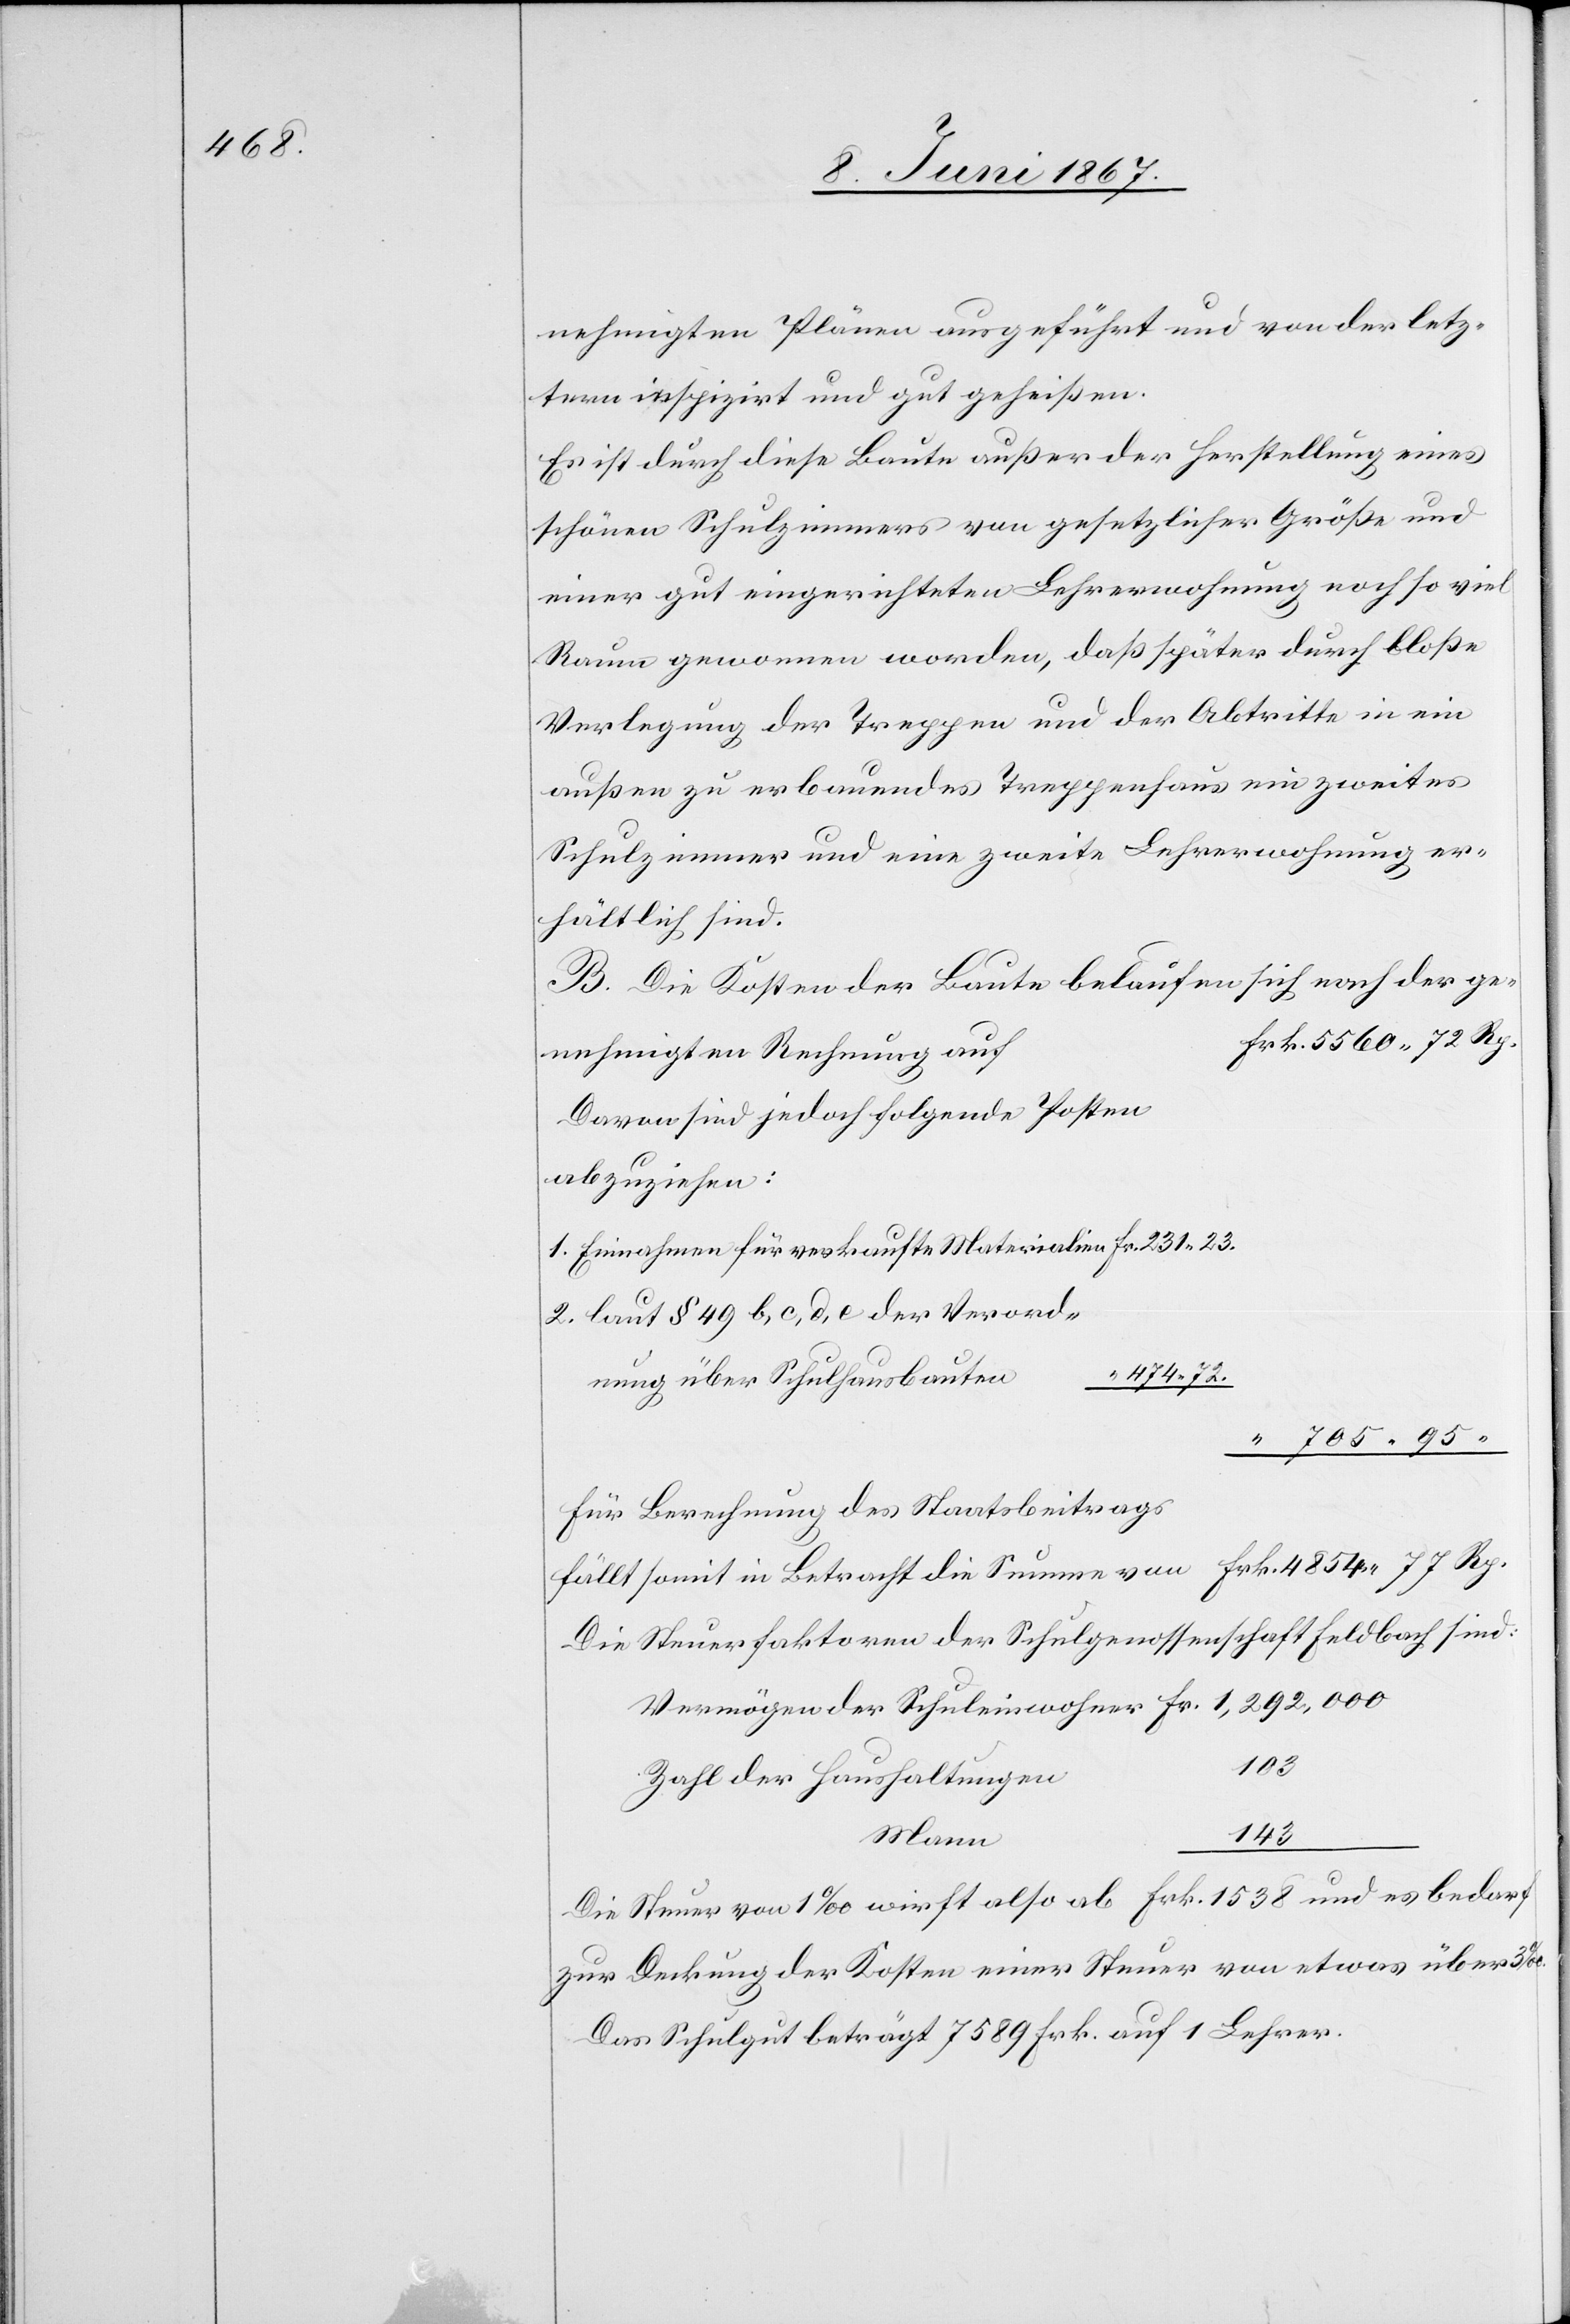
nehmigten Plänen ausgeführt und von der letz¬
tern inspizirt und gut geheißen.
Es ist durch diese Baute außer der Herstellung eines
schönen Schulzimmers von gesetzlicher Größe und
einer gut eingerichteten Lehrerwohnung noch so viel
Raum gewonnen worden, daß später durch bloße
Verlegung der Treppen und der Abtritte in ein
außen zu erbauendes Treppenhaus ein zweites
Schulzimmer und eine zweite Lehrerwohnung er¬
hältlich sind.
B. Die Kosten der Baute belaufen sich nach der
nehmigten Rechnung auf
Davon sind jedoch folgende Posten
abzuziehen:
1. Einnahmen für verkaufte Materialien Fr. 231. 23.
2. laut § 49 b, c, d, e der Verordn¬
“ 474. 72.
705. 95.
ung
Für Berechnung des Staatsbeitrags
fällt somit in Betracht die Summe von 						Frk. 4854. 77 Rp.
Die Steuerfaktoren der Schulgenossenschaft Feldbach sind:
Vermögen der Schuleinwohner	Fr.	1,292,000
n		103
Zahl der Haushaltunge¬
Die Steuer von 1‰ wirft also ab Frk. 1538 und es bedarf
zur Deckung der Kosten einer Steuer von etwas über 3‰.
Das Schulgut beträgt 7589 Frk. auf 1 Lehrer.